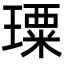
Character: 𤩗